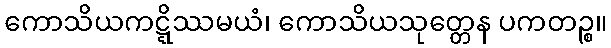
ကောသိယကဋ္ဋိဿမယံ၊ ကောသိယသုတ္တေန ပကတဉ္စ။